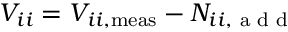
V _ { i i } = V _ { i i , \mathrm { m e a s } } - N _ { i i , { \textrm { a d d } } }